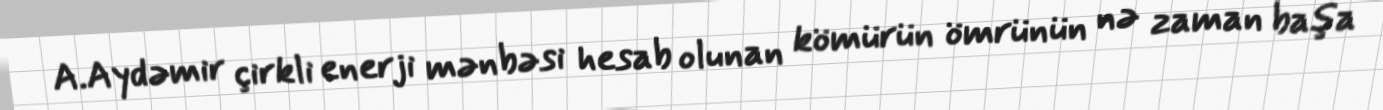
A.Aydəmir çirkli enerji mənbəsi hesab olunan kömürün ömrünün nə zaman başa